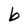
Character: b